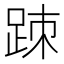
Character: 䟱